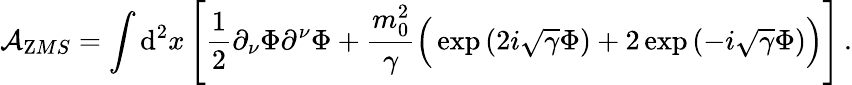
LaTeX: {\cal A}_{\mathrm ZMS}=\int{\mathrm d}^{2}x\left[\frac{1}{2}\partial_{\nu}\Phi\partial^{\nu}\Phi+\frac{m_{0}^{2}}{\gamma}\Big(\exp\left(2i\sqrt{\gamma}\Phi\right)+2\exp\left(-i\sqrt{\gamma}\Phi\right)\Big)\right]\, .